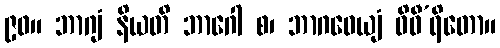
၉၀။ ဘာဂျံ နိယတိ ဘာဂေါ စ၊ ဘာဂဓေယျံ ဝိဓီ’ရိတော။